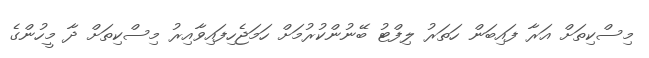
މިސްކިތަށް އަރާ ފައިބަން ހަތަރު ލިފްޓު ބޭނުންކުރުމަށް ހަމަޖެހިފައިވާއިރު މިސްކިތަށް ދާ މީހުންގެ